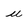
Character: u